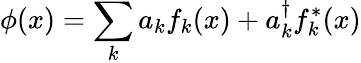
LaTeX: \phi(x)=\sum_{k}a_{k}f_{k}(x)+a_{k}^{\dagger}f_{k}^{*}(x)